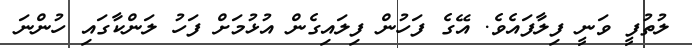
ލުތުފީ ވަނީ ފިލާފައެވެ. އޭގެ ފަހުން ފިލައިގެން އުޅުމަށް ފަހު ލަންކާގައި ހުންނަ